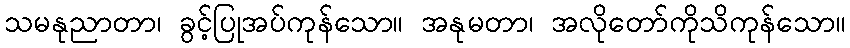
သမနုညာတာ၊ ခွင့်ပြုအပ်ကုန်သော။ အနုမတာ၊ အလိုတော်ကိုသိကုန်သော။